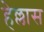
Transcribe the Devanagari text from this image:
हेल्लास